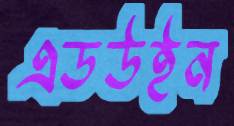
এডউইন